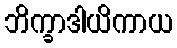
ဘိက္ခာဒါယိကာယ